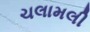
ચલામલી